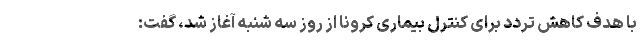
با هدف کاهش تردد برای کنترل بیماری کرونا از روز سه شنبه آغاز شد، گفت: